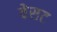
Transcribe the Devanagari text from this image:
वेसट